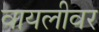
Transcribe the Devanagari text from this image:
वायलीवर